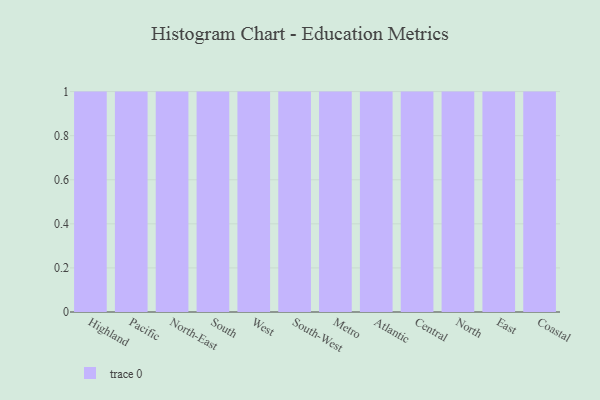
{"axis": {"x": "Region", "y": "LTV (USD)"}, "legend": [""], "data": [{"x": "Highland", "y": 96, "type": ""}, {"x": "Pacific", "y": 23, "type": ""}, {"x": "North-East", "y": 21, "type": ""}, {"x": "South", "y": 55, "type": ""}, {"x": "West", "y": 97, "type": ""}, {"x": "South-West", "y": 84, "type": ""}, {"x": "Metro", "y": 41, "type": ""}, {"x": "Atlantic", "y": 72, "type": ""}, {"x": "Central", "y": 79, "type": ""}, {"x": "North", "y": 25, "type": ""}, {"x": "East", "y": 79, "type": ""}, {"x": "Coastal", "y": 77, "type": ""}]}